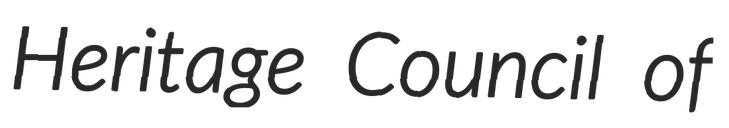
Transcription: Heritage Council of